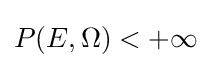
P(E,\Omega )<+\infty